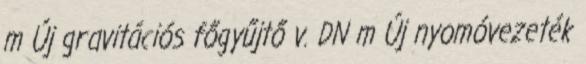
m Új gravitációs főgyűjtő v. DN m Új nyomóvezeték